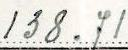
138.71